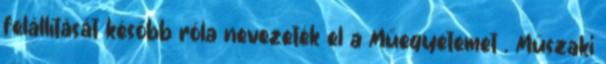
felállítását később róla nevezeték el a Műegyetemet . Műszaki